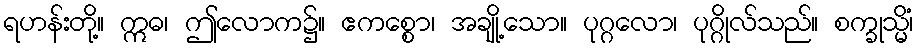
ရဟန်းတို့။ ဣဓ၊ ဤလောက၌။ ဧကစ္စော၊ အချို့သော။ ပုဂ္ဂလော၊ ပုဂ္ဂိုလ်သည်။ စက္ခုသ္မိံ၊